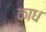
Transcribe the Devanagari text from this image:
काध